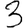
Digit: 3